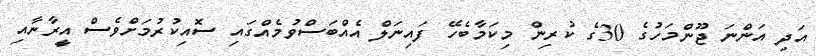
އަދި އަންނަ ޖޫންމަހުގެ 30ގެ ކުރިން މިކަމާބެހޭ ފައިނަލް އެއްބަސްވުމެއްގައި ސޮއިކުރުމަށްވެސް އީރާނާއި